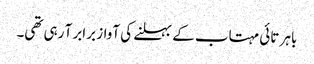
باہر تائی مہتاب کے بہلنے کی آواز برابر آ رہی تھی۔